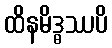
ထိနမိဒ္ဓဿပိ